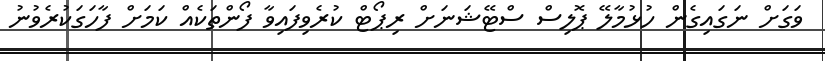
ވަގަށް ނަގައިގެން ހުޅުމާލޭ ޕޮލިސް ސްޓޭޝަނަށް ރިޕޯޓް ކުރެވިފައިވާ ފޯންތަކެއް ކަމަށް ފާހަގަކުރެވުނު